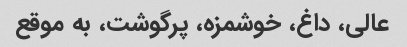
عالی، داغ، خوشمزه، پرگوشت، به موقع